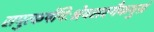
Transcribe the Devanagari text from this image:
समुत्कर्षनिःश्रेयसस्यैकमुग्रं